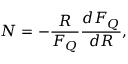
N = - \frac { R } { F _ { Q } } \frac { d F _ { Q } } { d R } ,